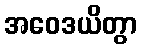
အဝေဒယိတွာ